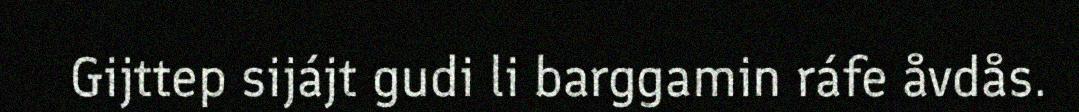
Gijttep sijájt gudi li barggamin ráfe åvdås.